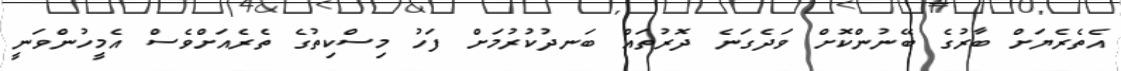
އެތެރެޔަށް ބާރުގެ ބޭނުންކޮށް ވަދެގަނެ ދޮރުތައް ބަނދުކުރުމަށް ފަހު މިސްކިތުގެ ތެރެއަށްވެސް އެމީހުންވަނީ